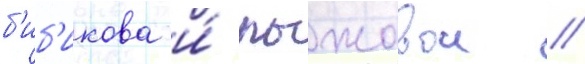
б'иб'икова и́ пыжовои //